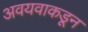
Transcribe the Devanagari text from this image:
अवयवाकडून